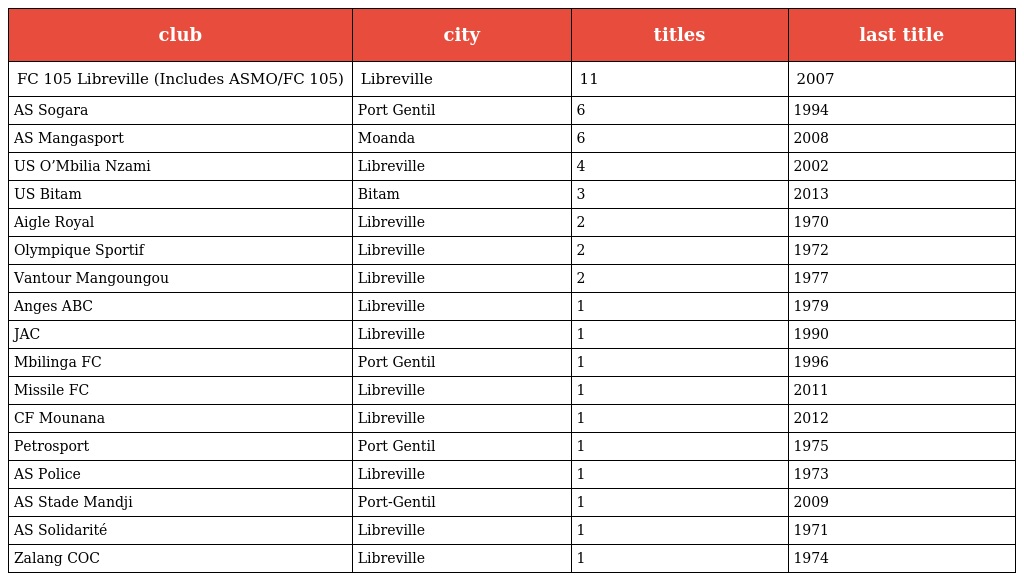
| club | city | titles | last title |
 | --- | --- | --- | --- |
 | FC 105 Libreville (Includes ASMO/FC 105) | Libreville | 11 | 2007 |
 | AS Sogara | Port Gentil | 6 | 1994 |
 | AS Mangasport | Moanda | 6 | 2008 |
 | US O’Mbilia Nzami | Libreville | 4 | 2002 |
 | US Bitam | Bitam | 3 | 2013 |
 | Aigle Royal | Libreville | 2 | 1970 |
 | Olympique Sportif | Libreville | 2 | 1972 |
 | Vantour Mangoungou | Libreville | 2 | 1977 |
 | Anges ABC | Libreville | 1 | 1979 |
 | JAC | Libreville | 1 | 1990 |
 | Mbilinga FC | Port Gentil | 1 | 1996 |
 | Missile FC | Libreville | 1 | 2011 |
 | CF Mounana | Libreville | 1 | 2012 |
 | Petrosport | Port Gentil | 1 | 1975 |
 | AS Police | Libreville | 1 | 1973 |
 | AS Stade Mandji | Port-Gentil | 1 | 2009 |
 | AS Solidarité | Libreville | 1 | 1971 |
 | Zalang COC | Libreville | 1 | 1974 |